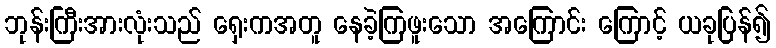
ဘုန်းကြီးအားလုံးသည် ရှေးကအတူ နေခဲ့ကြဖူးသော အကြောင်း ကြောင့် ယခုပြန်၍